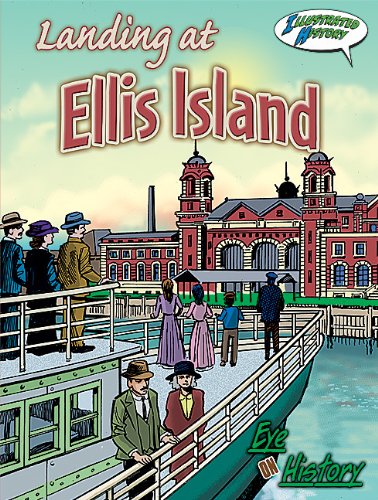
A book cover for Landing at Ellis Island (Eye on History Graphic Illustrated); Holly Karapetkova; Children's Books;